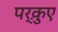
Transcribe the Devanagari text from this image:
पर्क़ुए